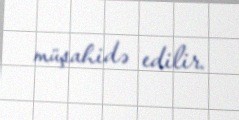
müşahidə edilir.